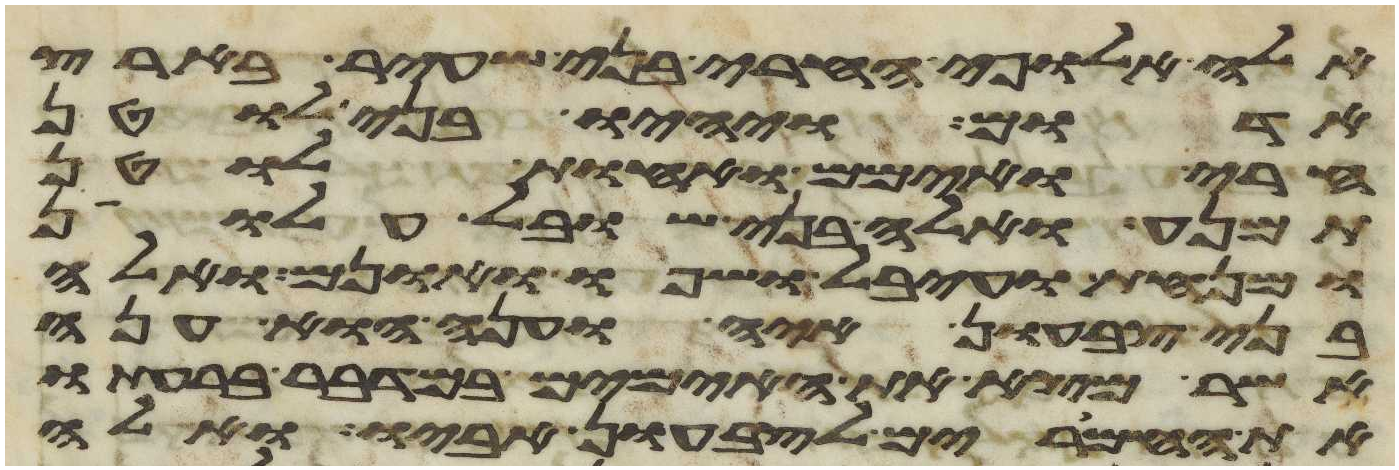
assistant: אלה אלופי החרי בני שעיר בארץ
אדום ויהיו בני לוטן
חרי ואימם ואחות לוטן
תמנע ואלה בני שובל עלון
ומנחת ועיבל שפו ואונם ואלה
בני צבעון איה וענה הוא ענה
אשר מצא את האימים במדבר ברעתו
את החמרים לצבעון אביו ואלה